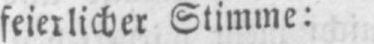
feierlicher Stimme: